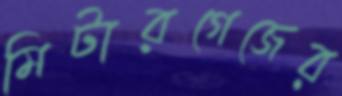
মিটারগেজের